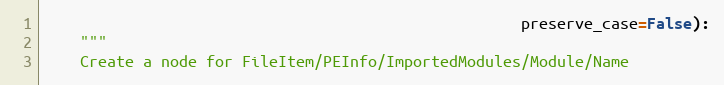
Language: Python
                                                     preserve_case=False):
    """
    Create a node for FileItem/PEInfo/ImportedModules/Module/Name